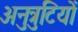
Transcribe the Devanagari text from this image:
अनुत्रुटियों